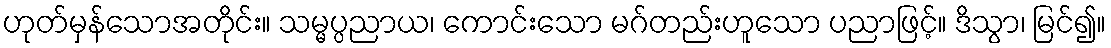
ဟုတ်မှန်သောအတိုင်း။ သမ္မပ္ပညာယ၊ ကောင်းသော မဂ်တည်းဟူသော ပညာဖြင့်။ ဒိသွာ၊ မြင်၍။